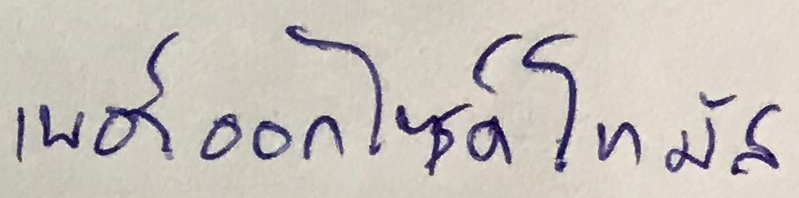
เพอร์ออกไซด์ โทมัส